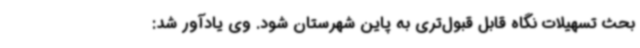
بحث تسهیلات نگاه قابل قبول‌تری به پاین شهرستان شود. وی یادآور شد: